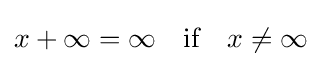
x+\infty =\infty \quad {\text{if}}\quad x\not =\infty